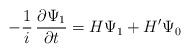
\begin{align*}-{1\over i} \, {\partial \Psi_1 \over \partial t} = H \Psi_1 + H' \Psi_0\end{align*}